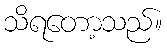
သိရတော့သည်။